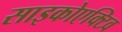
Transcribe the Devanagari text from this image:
साइकोएक्टिव